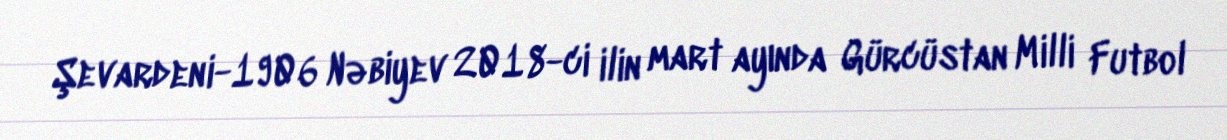
Şevardeni-1906 Nəbiyev 2018-ci ilin mart ayında Gürcüstan Milli Futbol